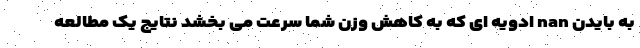
به بایدن nan ادویه ای که به کاهش وزن شما سرعت می بخشد نتایج یک مطالعه